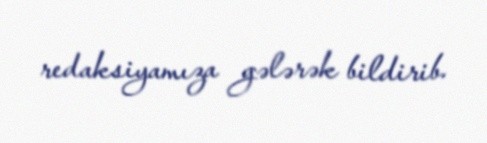
redaksiyamıza gələrək bildirib.